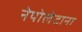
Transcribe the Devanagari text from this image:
नेपोलेटाना